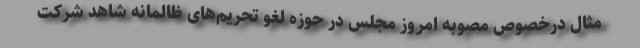
مثال درخصوص مصوبه امروز مجلس در حوزه لغو تحریم‌های ظالمانه شاهد شرکت